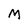
Character: M